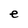
Character: e